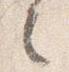
之